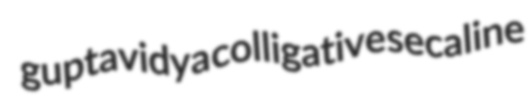
guptavidya colligative secaline